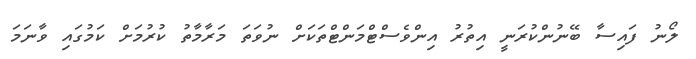
ލޯނު ފައިސާ ބޭނުންކުރަނީ އިތުރު އިންވެސްޓްމަންޓްތަކަށް ނުވަތަ މަރާމާތު ކުރުމަށް ކަމުގައި ވާނަމަ